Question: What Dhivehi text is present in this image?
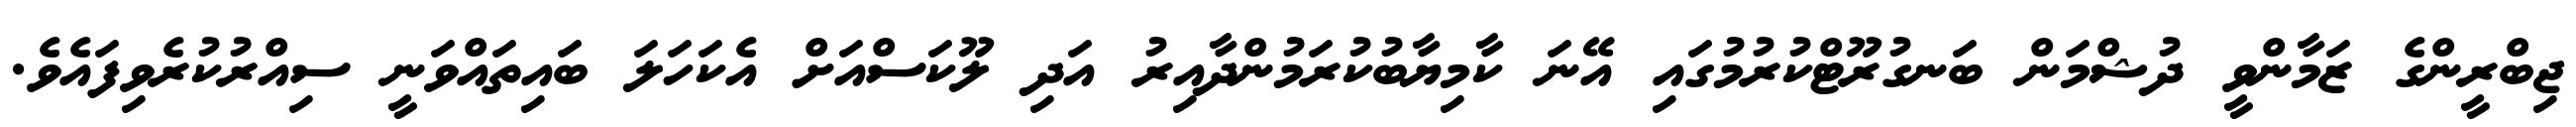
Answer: ޖިބްރީންގެ ޒަމާންވީ ދުޝްމަން ބަނގުރޫޓްކުރުމުގައި އޭނަ ކާމިޔާބުކުރަމުންދާއިރު އަދި ލޫކަސްއަށް އެކަހަލަ ބައިތައްވަނީ ސިއްރުކުރެވިފައެވެ.